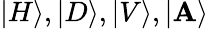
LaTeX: |H\rangle,|D\rangle,|V\rangle,|\mathbf{A}\rangle